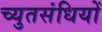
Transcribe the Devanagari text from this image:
च्युतसंधियों